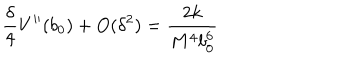
\frac { \delta } { 4 } V ^ { \prime \prime } ( b _ { 0 } ) + O ( \delta ^ { 2 } ) = \frac { 2 k } { M ^ { 4 } b _ { 0 } ^ { 6 } }